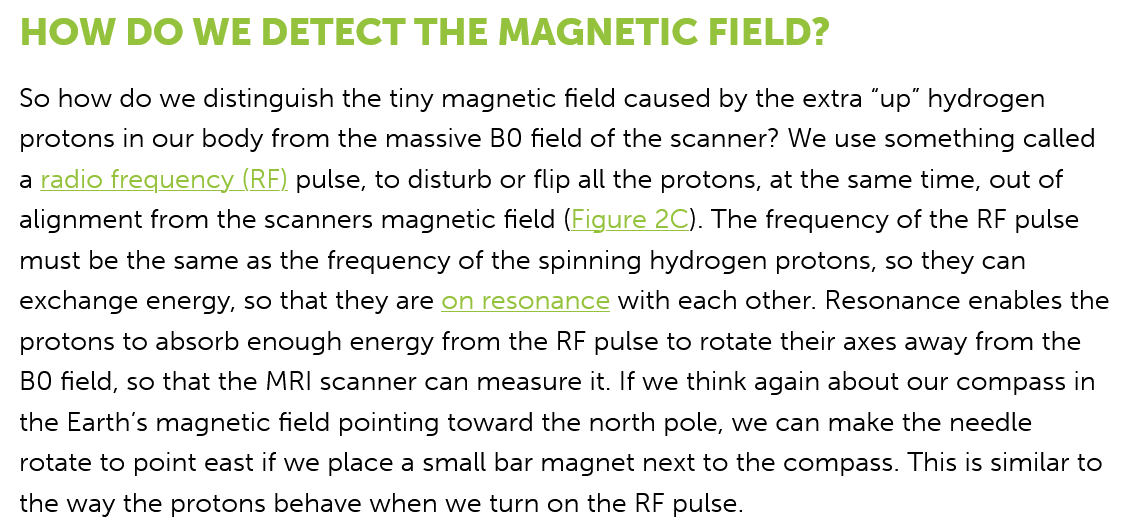
HOW    DO   WE DETECT    THE   MAGNETIC    FIELD?
  So how do we distinguish the tiny magnetic field caused by the extra “up” hydrogen
  protons in our body from the massive BO field of the scanner? We use something called
  a radio frequency (RF) pulse, to disturb or flip all the protons, at the same time, out of

  alignment from the scanners magnetic field (Figure 2C). The frequency of the RF pulse
  must be the same as the frequency of the spinning hydrogen protons, so they can
  exchange energy, so that they are on resonance with each other. Resonance enables the
  protons to absorb enough energy from the RF pulse to rotate their axes away from the
  BO field, so that the MRI scanner can measure it. If we think again about our compass in
  the Earth’s magnetic field pointing toward the north pole, we can make the needle
  rotate to point east if we place a small bar magnet next to the compass. This is similar to
  the way the protons behave when we turn on the RF pulse.